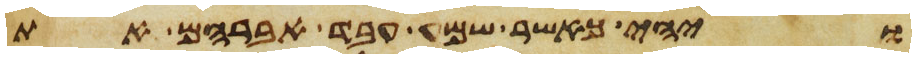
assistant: ויהי כאשר שמע עבד אברהם את